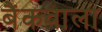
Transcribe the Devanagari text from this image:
बैंकवाला